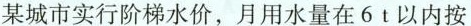
某城市实行阶梯水价，月用水量在6t以内按